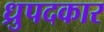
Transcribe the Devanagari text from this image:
ध्रुपदकार